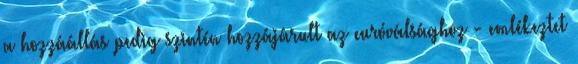
a hozzáállás pedig szintén hozzájárult az euróválsághoz - emlékeztet